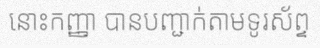
នោះកញ្ញា បានបញ្ជាក់តាមទូរស័ព្ទ